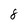
Character: 8